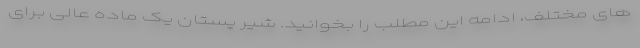
های مختلف، ادامه این مطلب را بخوانید. شیر پستان یک ماده عالی برای